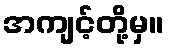
အကျင့်တို့မှ။